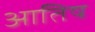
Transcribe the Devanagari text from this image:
आतिष